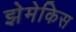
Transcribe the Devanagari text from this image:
झेमेकिस